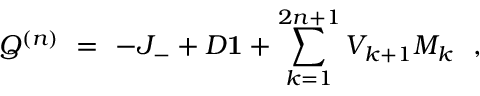
Q ^ { ( n ) } \ = \ - J _ { - } + D { \bf 1 } + \sum _ { k = 1 } ^ { 2 n + 1 } V _ { k + 1 } M _ { k } \ \ ,